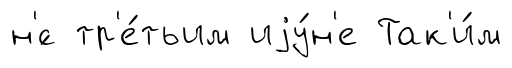
н'́с тр'е́тьим иjу́н'е Так'и́м